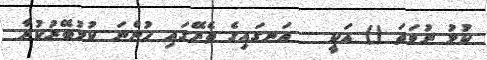
ކުޅު ނުވަތަ () އަކީ   އަނގައިގެ ތެރޭގައި ހުންނަ ކުޅުބޭރުކުރާ